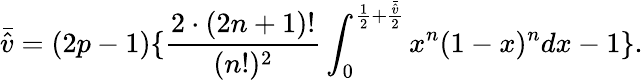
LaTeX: \bar{\hat{v}}=(2p-1)\{ \frac{2\cdot(2n+1)!}{(n!)^{2}}\int_{0}^{\frac{1}{2}+\frac{\bar{\hat{v}}}{2}}x^{n}(1-x)^{n}dx-1\} .